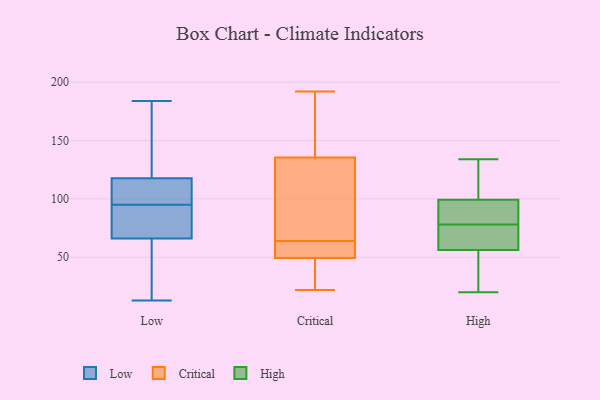
{"axis": {"x": "Energy Usage (MWh)", "y": "Value"}, "legend": ["Critical", "High", "Low"], "data": [{"x": "", "y": 119, "type": "Low"}, {"x": "", "y": 41, "type": "Low"}, {"x": "", "y": 139, "type": "Low"}, {"x": "", "y": 84, "type": "Low"}, {"x": "", "y": 72, "type": "Low"}, {"x": "", "y": 184, "type": "Low"}, {"x": "", "y": 64, "type": "Low"}, {"x": "", "y": 111, "type": "Low"}, {"x": "", "y": 15, "type": "Low"}, {"x": "", "y": 140, "type": "Low"}, {"x": "", "y": 95, "type": "Low"}, {"x": "", "y": 13, "type": "Low"}, {"x": "", "y": 114, "type": "Low"}, {"x": "", "y": 87, "type": "Low"}, {"x": "", "y": 56, "type": "Low"}, {"x": "", "y": 154, "type": "Low"}, {"x": "", "y": 107, "type": "Low"}, {"x": "", "y": 97, "type": "Low"}, {"x": "", "y": 78, "type": "Low"}, {"x": "", "y": 46, "type": "Critical"}, {"x": "", "y": 49, "type": "Critical"}, {"x": "", "y": 107, "type": "Critical"}, {"x": "", "y": 181, "type": "Critical"}, {"x": "", "y": 191, "type": "Critical"}, {"x": "", "y": 115, "type": "Critical"}, {"x": "", "y": 64, "type": "Critical"}, {"x": "", "y": 48, "type": "Critical"}, {"x": "", "y": 29, "type": "Critical"}, {"x": "", "y": 131, "type": "Critical"}, {"x": "", "y": 175, "type": "Critical"}, {"x": "", "y": 137, "type": "Critical"}, {"x": "", "y": 22, "type": "Critical"}, {"x": "", "y": 192, "type": "Critical"}, {"x": "", "y": 52, "type": "Critical"}, {"x": "", "y": 55, "type": "Critical"}, {"x": "", "y": 51, "type": "Critical"}, {"x": "", "y": 50, "type": "Critical"}, {"x": "", "y": 109, "type": "Critical"}, {"x": "", "y": 41, "type": "High"}, {"x": "", "y": 95, "type": "High"}, {"x": "", "y": 70, "type": "High"}, {"x": "", "y": 51, "type": "High"}, {"x": "", "y": 20, "type": "High"}, {"x": "", "y": 59, "type": "High"}, {"x": "", "y": 84, "type": "High"}, {"x": "", "y": 112, "type": "High"}, {"x": "", "y": 116, "type": "High"}, {"x": "", "y": 94, "type": "High"}, {"x": "", "y": 134, "type": "High"}, {"x": "", "y": 58, "type": "High"}, {"x": "", "y": 78, "type": "High"}]}